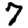
Digit: 7